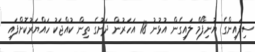
ސިފައިންގެ ޔުނިފޯމް ލައިގެން އުޅުނު 18 އަހަރުން ދަށުގެ ތިން ކުއްޖަކު ހައްޔަރުކޮށްފައި